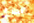
للقتال